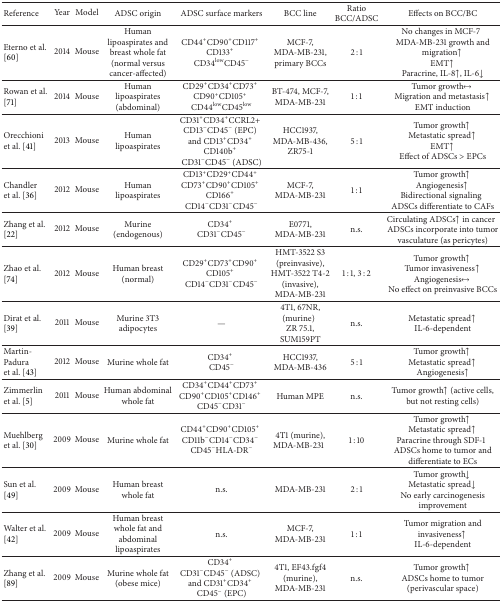
<table><thead><tr><td><b>Reference</b></td><td><b>Year</b></td><td><b>Model</b></td><td><b>ADSC origin</b></td><td><b>ADSC surface markers</b></td><td><b>BCC line</b></td><td><b>Ratio BCC/ADSC</b></td><td><b>Effects on BCC/BC</b></td></tr></thead><tbody><tr><td>Eterno et al.[60]</td><td>2014</td><td>Mouse</td><td>Human lipoaspirates and breast whole fat (normal versus cancer-affected)</td><td>CD44<sup>+</sup>CD90<sup>+</sup>CD117<sup>+</sup>CD133<sup>+</sup>CD34<sup>low</sup>CD45<sup>−</sup></td><td>MCF-7, MDA-MB-231, primary BCCs</td><td>2 : 1</td><td>No changes in MCF-7MDA-MB-231 growth and migration↑EMT↑Paracrine, IL-8↑, IL-6↓</td></tr><tr><td>Rowan et al.[71] </td><td>2014</td><td>Mouse</td><td>Human lipoaspirates (abdominal)</td><td>CD29<sup>+</sup>CD34<sup>+</sup>CD73<sup>+</sup>CD90<sup>+</sup>CD105<sup>+</sup>CD44<sup>low</sup>CD45<sup>low</sup></td><td>BT-474, MCF-7, MDA-MB-231</td><td>1 : 1</td><td>Tumor growth<i>↔</i>Migration and metastasis↑EMT induction</td></tr><tr><td>Orecchioni et al. [41] </td><td>2013</td><td>Mouse</td><td>Human lipoaspirates</td><td>CD31<sup>+</sup>CD34<sup>+</sup>CCRL2+CD13<sup>−</sup>CD45<sup>−</sup> (EPC)and CD13<sup>+</sup>CD34<sup>+</sup>CD140b<sup>+</sup>CD31<sup>−</sup>CD45<sup>−</sup> (ADSC)</td><td>HCC1937, MDA-MB-436, ZR75-1</td><td>5 : 1</td><td>Tumor growth↑Metastatic spread↑EMT↑Effect of ADSCs &gt; EPCs</td></tr><tr><td>Chandler et al. [36]</td><td>2012</td><td>Mouse</td><td>Human lipoaspirates</td><td>CD13<sup>+</sup>CD29<sup>+</sup>CD44<sup>+</sup>CD73<sup>+</sup>CD90<sup>+</sup>CD105<sup>+</sup>CD166<sup>+</sup>CD14<sup>−</sup>CD31<sup>−</sup>CD45<sup>−</sup></td><td>MCF-7, MDA-MB-231</td><td>1 : 1</td><td>Tumor growth↑Angiogenesis↑Bidirectional signalingADSCs differentiate to CAFs</td></tr><tr><td>Zhang et al.[22] </td><td>2012</td><td>Mouse</td><td>Murine (endogenous)</td><td>CD34<sup>+</sup>CD31<sup>−</sup>CD45<sup>−</sup></td><td>E0771, MDA-MB-231</td><td>n.s.</td><td>Circulating ADSCs↑ in cancerADSCs incorporate into tumor vasculature (as pericytes)</td></tr><tr><td>Zhao et al.[74]</td><td>2012</td><td>Mouse</td><td>Human breast (normal)</td><td>CD29<sup>+</sup>CD73<sup>+</sup>CD90<sup>+</sup>CD105<sup>+</sup>CD14<sup>−</sup>CD31<sup>−</sup>CD45<sup>−</sup></td><td>HMT-3522 S3 (preinvasive), HMT-3522 T4-2 (invasive), MDA-MB-231</td><td>1 : 1, 3 : 2</td><td>Tumor growth↑Tumor invasiveness↑Angiogenesis<i>↔</i>No effect on preinvasive BCCs</td></tr><tr><td>Dirat et al.[39]</td><td>2011</td><td>Mouse</td><td>Murine 3T3 adipocytes</td><td>—</td><td>4T1, 67NR, (murine)ZR 75.1, SUM159PT</td><td>n.s.</td><td>Metastatic spread↑IL-6-dependent</td></tr><tr><td>Martin-Padura et al. [43]</td><td>2012</td><td>Mouse</td><td>Murine whole fat </td><td>CD34<sup>+</sup>CD45<sup>−</sup></td><td>HCC1937, MDA-MB-436</td><td>5 : 1</td><td>Tumor growth↑Metastatic spread↑Angiogenesis↑</td></tr><tr><td>Zimmerlin et al. [5]</td><td>2011</td><td>Mouse</td><td>Human abdominal whole fat</td><td>CD34<sup>+</sup>CD44<sup>+</sup>CD73<sup>+</sup>CD90<sup>+</sup>CD105<sup>+</sup>CD146<sup>+</sup>CD45<sup>−</sup>CD31<sup>−</sup></td><td>Human MPE</td><td>n.s.</td><td>Tumor growth↑ (active cells, but not resting cells)</td></tr><tr><td>Muehlberg et al. [30] </td><td>2009</td><td>Mouse</td><td>Murine whole fat</td><td>CD44<sup>+</sup>CD90<sup>+</sup>CD105<sup>+</sup>CD11b<sup>−</sup>CD14<sup>−</sup>CD34<sup>−</sup>CD45<sup>−</sup>HLA-DR<sup>−</sup></td><td>4T1 (murine), MDA-MB-231</td><td>1 : 10</td><td>Tumor growth↑Metastatic spread↑Paracrine through SDF-1ADSCs home to tumor and differentiate to ECs</td></tr><tr><td>Sun et al.[49]</td><td>2009</td><td>Mouse</td><td>Human breast whole fat</td><td>n.s.</td><td>MDA-MB-231</td><td>2 : 1</td><td>Tumor growth↓Metastatic spread↓No early carcinogenesis improvement</td></tr><tr><td>Walter et al.[42] </td><td>2009</td><td>Mouse</td><td>Human breast whole fat and abdominal lipoaspirates </td><td>n.s.</td><td>MCF-7, MDA-MB-231</td><td>1 : 1</td><td>Tumor migration and invasiveness↑IL-6-dependent</td></tr><tr><td>Zhang et al.[89] </td><td>2009</td><td>Mouse</td><td>Murine whole fat (obese mice)</td><td>CD34<sup>+</sup>CD31<sup>−</sup>CD45<sup>−</sup> (ADSC)and CD31<sup>+</sup>CD34<sup>+</sup>CD45<sup>−</sup> (EPC)</td><td>4T1, EF43.fgf4 (murine), MDA-MB-231</td><td>n.s.</td><td>Tumor growth↑ADSCs home to tumor (perivascular space)</td></tr></tbody></table>